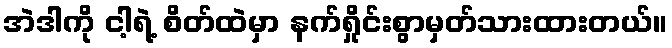
အဲဒါကို ငါ့ရဲ့ စိတ်ထဲမှာ နက်ရှိုင်းစွာမှတ်သားထားတယ်။